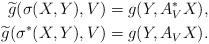
LaTeX: \begin{align*} \widetilde{g}(\sigma(X,Y),V)&=g(Y,A^{\ast}_{V}X), \\ \widetilde{g}(\sigma^{\ast}(X,Y),V)&=g(Y,A_{V}X).\end{align*}